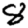
Digit: 8